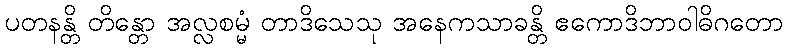
ပတနန္တိ တိန္တော အလ္လစမ္မံ တာဒိသေသု အနေကသာခန္တိ ဧကောဒိဘာဝါဓိဂတော